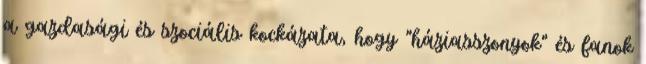
a gazdasági és szociális kockázata, hogy "háziasszonyok" és fanok